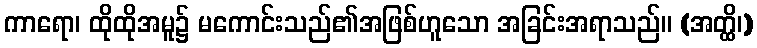
ကာရော၊ ထိုထိုအမူ၌ မကောင်းသည်၏အဖြစ်ဟူသော အခြင်းအရာသည်။ (အတ္ထိ၊)